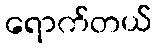
ရောက်တယ်